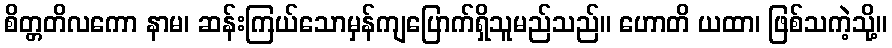
စိတ္တတိလကော နာမ၊ ဆန်းကြယ်သောမှန်ကျပြောက်ရှိသူမည်သည်။ ဟောတိ ယထာ၊ ဖြစ်သကဲ့သို့။